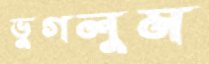
ভুগলুম